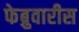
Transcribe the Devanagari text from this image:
फेब्रुवारीस